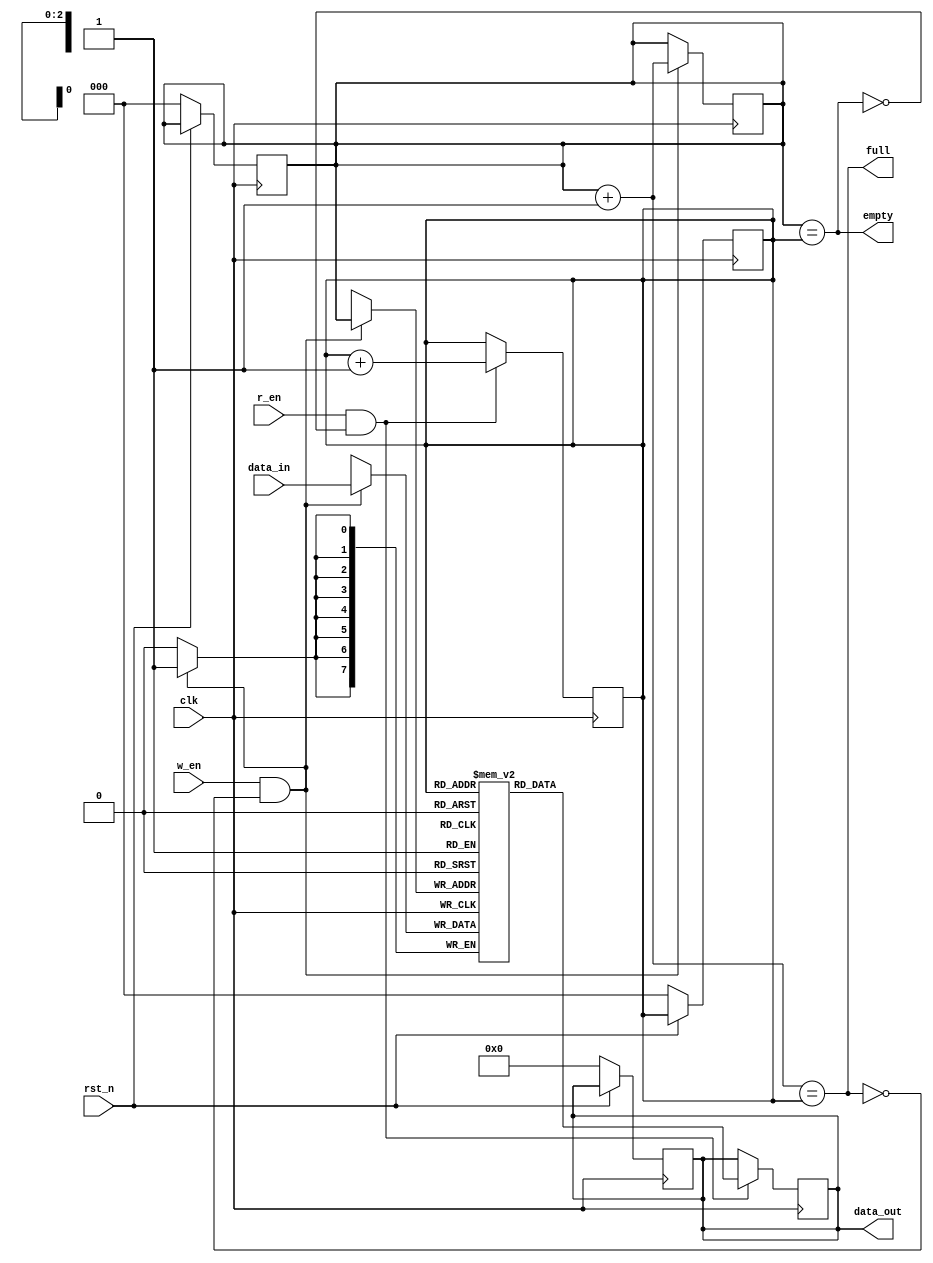
module synchronous_fifo #(parameter DEPTH=8, DATA_WIDTH=8) (
  input clk, rst_n,
  input w_en, r_en,
  input [DATA_WIDTH-1:0] data_in,
  output reg [DATA_WIDTH-1:0] data_out,
  output full, empty
);
  
  reg [$clog2(DEPTH)-1:0] w_ptr, r_ptr;
  reg [DATA_WIDTH-1:0] fifo[DEPTH];
  
  // Set Default values on reset.
  always@(posedge clk) begin
    if(!rst_n) begin
      w_ptr <= 0; r_ptr <= 0;
      data_out <= 0;
    end
  end
  
  // To write data to FIFO
  always@(posedge clk) begin
    if(w_en & !full)begin
      fifo[w_ptr] <= data_in;
      w_ptr <= w_ptr + 1;
    end
  end
  
  // To read data from FIFO
  always@(posedge clk) begin
    if(r_en & !empty) begin
      data_out <= fifo[r_ptr];
      r_ptr <= r_ptr + 1;
    end
  end
  
  assign full = ((w_ptr+1'b1) == r_ptr);
  assign empty = (w_ptr == r_ptr);
endmodule